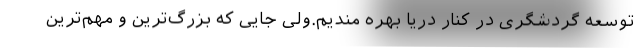
توسعه گردشگری در کنار دریا بهره مندیم.ولی جایی که بزرگ‌ترین و مهم‌ترین